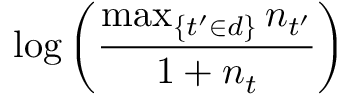
\log \left( { \frac { \operatorname* { m a x } _ { \{ t ^ { \prime } \in d \} } n _ { t ^ { \prime } } } { 1 + n _ { t } } } \right)